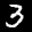
Label: 3